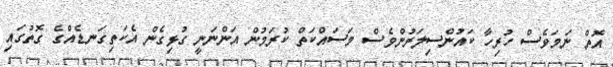
އޮތް ނަމަވެސް ހުރިހާ ކައުންސިލަރުންވެސް މަސައްކަތް ކުރަމުން އަންނަނީ ގުޅިގެން އެކަތިގަނޑެއްގެ ގޮތުގައި